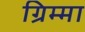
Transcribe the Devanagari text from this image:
ग्रिम्मा